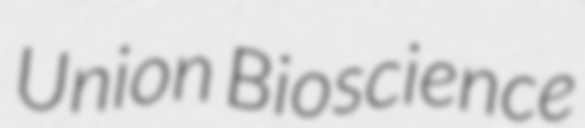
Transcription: Union Bioscience